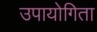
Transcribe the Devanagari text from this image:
उपायोगिता